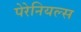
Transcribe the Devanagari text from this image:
पेरेनियल्स